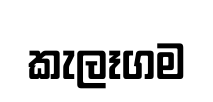
කැලෑගම